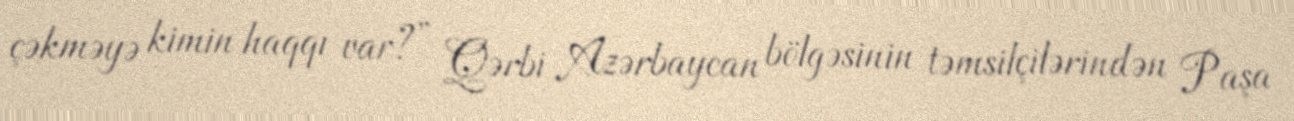
çəkməyə kimin haqqı var?” Qərbi Azərbaycan bölgəsinin təmsilçilərindən Paşa